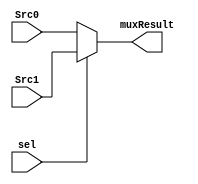
module MUX_32bit (
    input [31:0] Src0,Src1,
    input sel,
    output [31:0] muxResult
);
    assign muxResult = sel?Src1:Src0;
endmodule